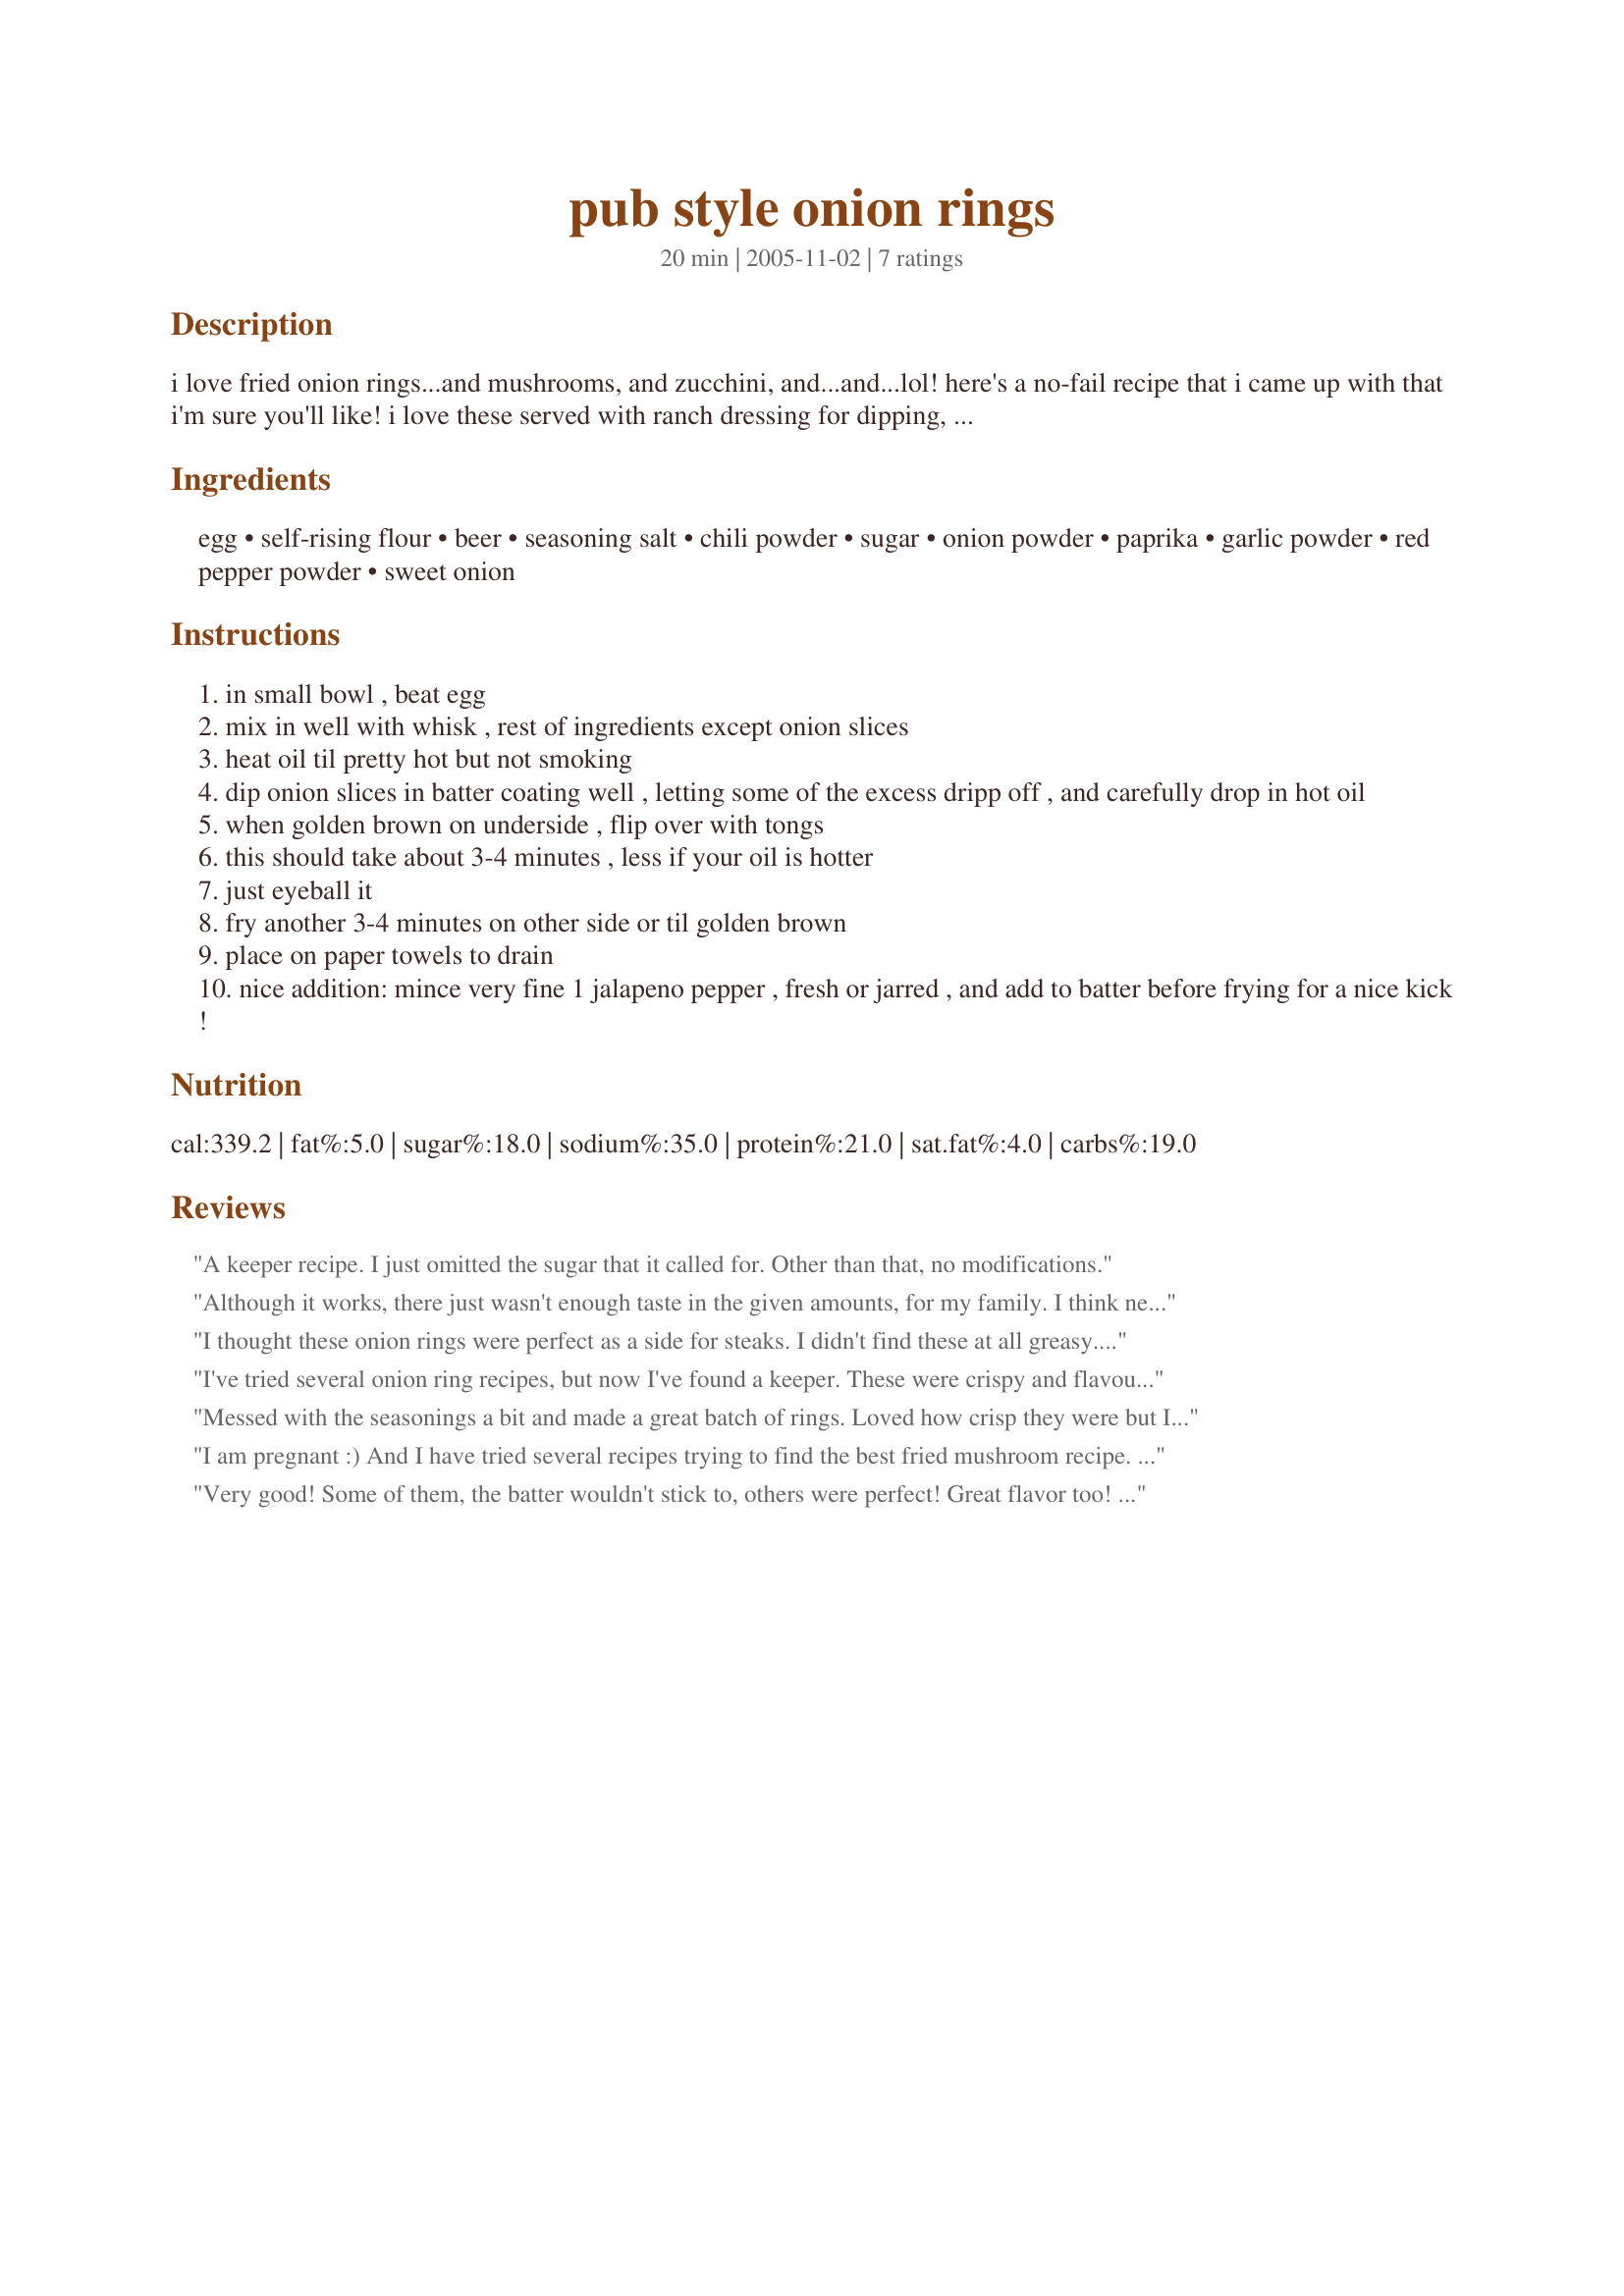
pub style onion rings
Preparation time: 20 minutes

i love fried onion rings...and mushrooms, and zucchini, and...and...lol! here's a no-fail recipe that i came up with that i'm sure you'll like! i love these served with ranch dressing for dipping, burgers and a frosty mug of ice cold beer! cheers!

Ingredients:
egg, self-rising flour, beer, seasoning salt, chili powder, sugar, onion powder, paprika, garlic powder, red pepper powder, sweet onion

Steps:
in small bowl , beat egg
mix in well with whisk , rest of ingredients except onion slices
heat oil til pretty hot but not smoking
dip onion slices in batter coating well , letting some of the excess dripp off , and carefully drop in hot oil
when golden brown on underside , flip over with tongs
this should take about 3-4 minutes , less if your oil is hotter
just eyeball it
fry another 3-4 minutes on other side or til golden brown
place on paper towels to drain
nice addition: mince very fine 1 jalapeno pepper , fresh or jarred , and add to batter before frying for a nice kick !

Reviews:
A keeper recipe. I just omitted the sugar that it called for. Other than that, no modifications.
Although it works, there just wasn't enough taste in the given amounts, for my family. I think next time I'll use a bit more chilli and paprika, to give it a bit more kick.

Thanks for the recipe, though :)
I thought these onion rings were perfect as a side for steaks. I didn't find these at all greasy. They fried up crispy and the onions weren't limp. Very easy to prepare and assemble. The beer made the batter light. The seasoning was quite a complement with the onion. Highly enjoyable.
I've tried several onion ring recipes, but now I've found a keeper. These were crispy and flavourful. We will make these again!

I didn't have self-rising flour so I used 1 cup flour and 1 tsp baking powder instead.
Messed with the seasonings a bit and made a great batch of rings. Loved how crisp they were but I just hate all the smoke and grease smell in the house. This is a keeper recipe but I'll make it at someone else's home next time. Thanks peacefulnightdove for a great recipe.
I am pregnant :) And I have tried several recipes trying to find the best fried mushroom recipe. I changed up the spices a bit only because my baby doesn't do red spices at all! :) This recipe turned out spongy and made my veggies (cauli, broc, zuccinni, and mushrooms) taste like burnt toast. Again Ive tested ALOT of recipes but so far non are better than the mccormick box mix of fish n chips batter I LOVE! I can certaintly appreciate the recipe and maybe it would work better with the bite of an onion but I didn't much care for it and wouldn't use it again. Sorry. Chalk it up to pregnancy picky-ness if you like :)
Very good! Some of them, the batter wouldn't stick to, others were perfect! Great flavor too! I made them in my deep fryer which left it kind of a mess, but that's what they're for! Great onion rings!
